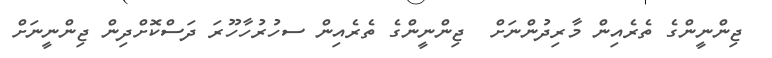
ޖިންނީންގެ ތެރެއިން މާރިދުންނަށް  ޖިންނީންގެ ތެރެއިން ސހުރުހާހޫރަ ދަސްކޮށްދިން ޖިންނީނަށް